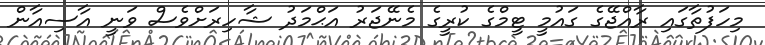
މިހަފުތާގައި ރާއްޖޭގެ ގައުމީ ޓީމްގެ ކުރީގެ މެނޭޖަރު އަޙްމަދު ޝާހިރަށްވެސް ވަނީ އާސިއާން